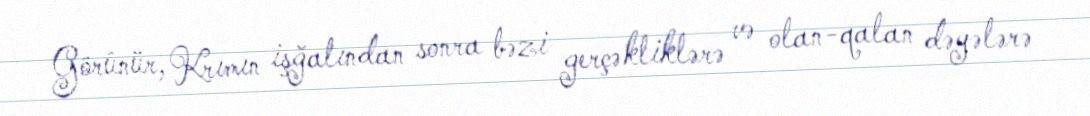
Görünür, Krımın işğalından sonra bəzi gerçəkliklərə və olan-qalan dəyələrə